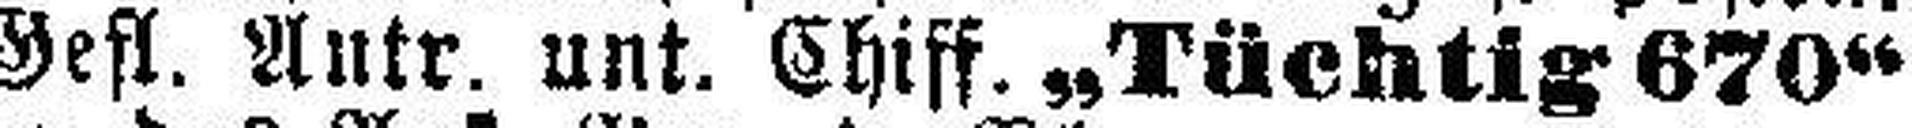
Gefl. Antr. unt. Chiff. „Tüchtig 670“